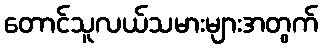
တောင်သူလယ်သမားများအတွက်